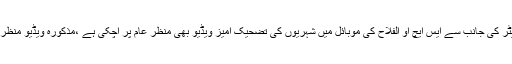
انسپکٹر غلام نبی آفریدی کے کارنامے اور ٹارچر سیل کسی سے ڈھکے چھپے نہیں ہیں، پرائیویٹ بیٹر کی جانب سے ایس ایچ او الفلاح کی موبائل میں شہریوں کی تضحیک آمیز ویڈیو بھی منظر عام پر آچکی ہے ،مذکورہ ویڈیو منظر عام پر آنے کے بعد اعلی افسر کی ہدایت پر بیٹر کی گرفتاری کے احکامات جاری کئے گئے تھے ۔